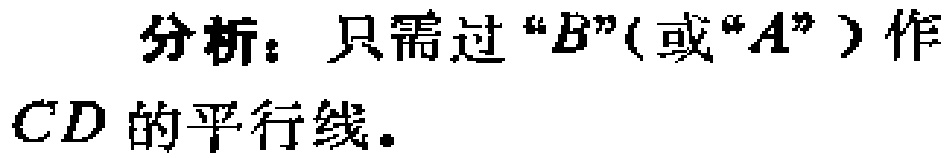
分析：只需过“\(B\)”(或“\(A\)”) 作 \(CD\) 的平行线。